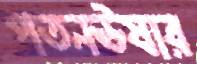
পতনঊষার